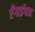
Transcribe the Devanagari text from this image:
रँगाईपात्र